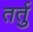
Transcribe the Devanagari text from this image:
तर्तु